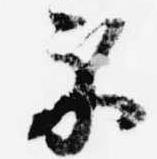
示